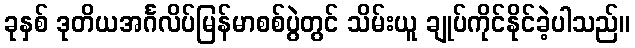
ခုနှစ် ဒုတိယအင်္ဂလိပ်မြန်မာစစ်ပွဲတွင် သိမ်းယူ ချုပ်ကိုင်နိုင်ခဲ့ပါသည်။